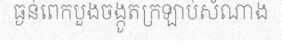
ធ្ងន់ពេកបួងចង្កូតក្រឡាប់សំណាង